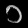
Digit: ၁